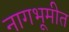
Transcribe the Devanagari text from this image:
नागभूमीत